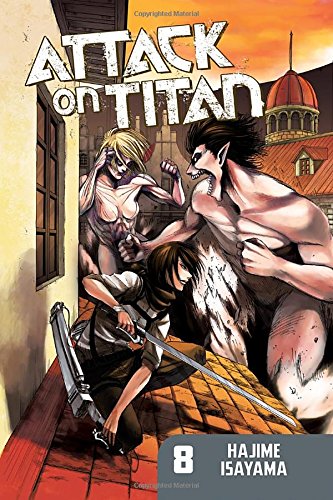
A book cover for Attack on Titan 8; Hajime Isayama; Comics & Graphic Novels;